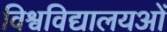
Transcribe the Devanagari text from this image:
विश्वविद्यालयओं